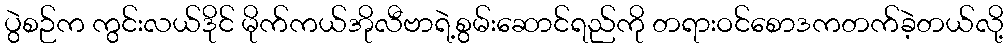
ပွဲစဉ်က ကွင်းလယ်ဒိုင် မိုက်ကယ်အိုလီဗာရဲ့စွမ်းဆောင်ရည်ကို တရားဝင်စောဒကတက်ခဲ့တယ်လို့